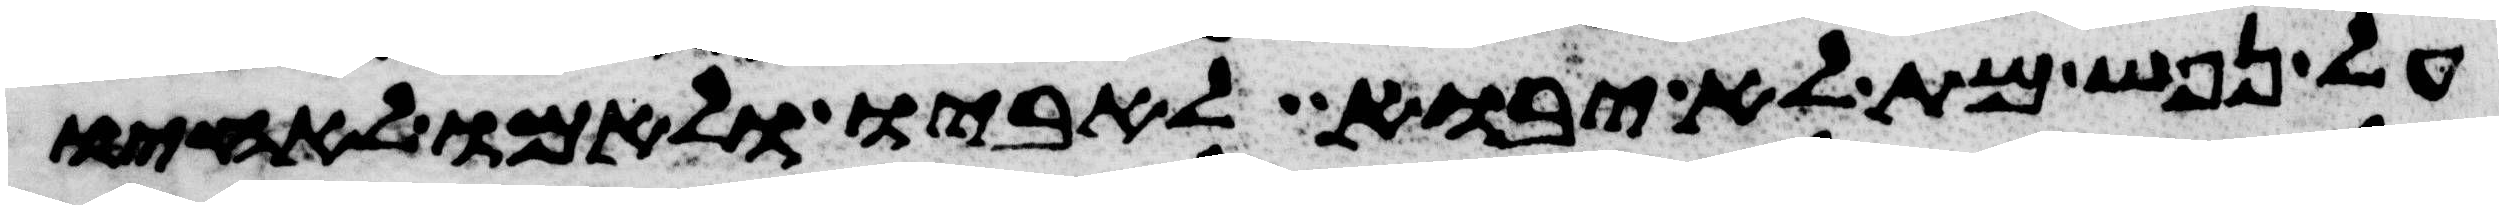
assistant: על נפש מת לא יבוא לאביו ולאמו לאחיו